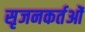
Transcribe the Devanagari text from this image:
सृजनकर्तओं